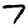
Digit: 7